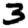
Digit: 3